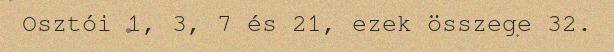
Osztói 1, 3, 7 és 21, ezek összege 32.